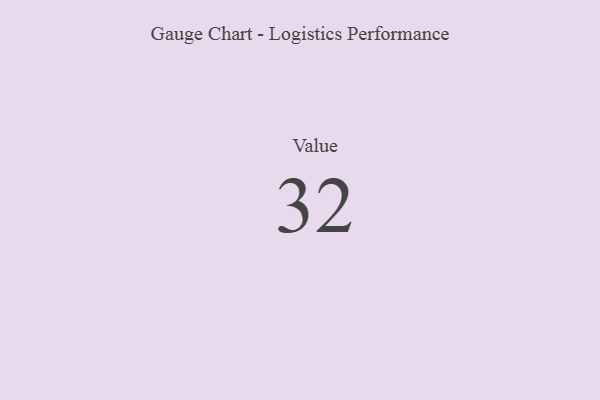
{"axis": {"x": "Metric", "y": "Value"}, "legend": [""], "data": [{"x": "Value", "y": 32, "type": ""}]}